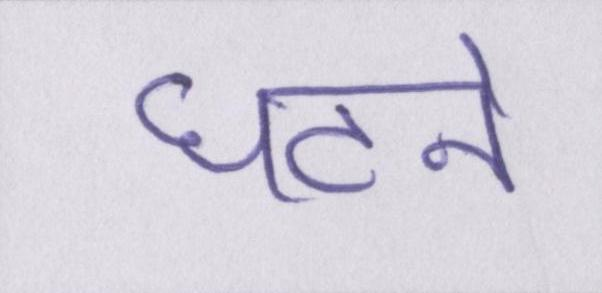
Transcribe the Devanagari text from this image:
घटने